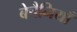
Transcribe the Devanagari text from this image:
बेचैनियाँ